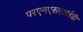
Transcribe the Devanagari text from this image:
परएनएसएआईडी